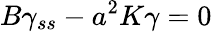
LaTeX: B\gamma_{ss}-a^{2}K\gamma=0